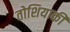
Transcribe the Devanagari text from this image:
तोशियाकी